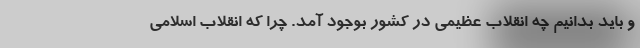
و باید بدانیم چه انقلاب عظیمی در کشور بوجود آمد. چرا که انقلاب اسلامی